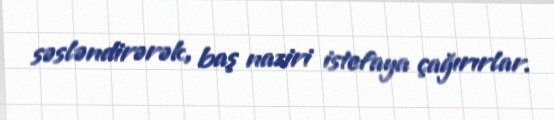
səsləndirərək, baş naziri istefaya çağırırlar.